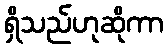
ရှိသည်ဟုဆိုကာ